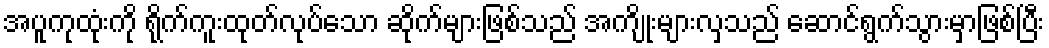
အပူကုထုံးကို ရိုက်ကူးထုတ်လုပ်သော ဆိုက်များဖြစ်သည် အကျိုးများလှသည် ဆောင်ရွက်သွားမှာဖြစ်ပြီး